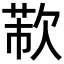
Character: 𣣐